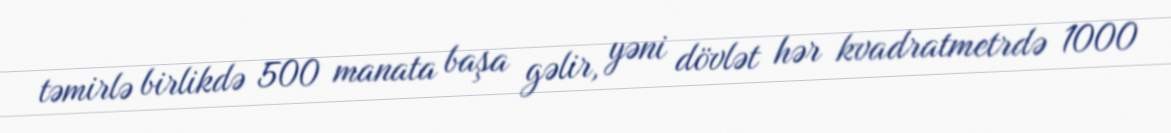
təmirlə birlikdə 500 manata başa gəlir, yəni dövlət hər kvadratmetrdə 1000